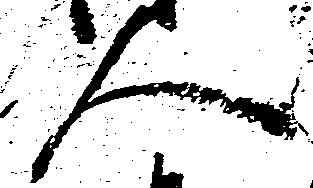
人